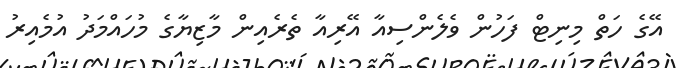
އޭގެ ހަތް މިނިޓް ފަހުން ވެލެންސިއާ އޭރިއާ ތެރެއިން މާޒިޔާގެ މުހައްމަދު އުމެއިރު